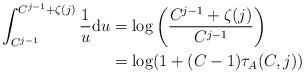
LaTeX: \begin{align*}\begin{aligned}\int_{C^{j-1}}^{C^{j-1}+\zeta(j)} \frac{1}{u}\mathrm{d}u & = \log\left(\frac{C^{j-1}+\zeta(j)}{C^{j-1}}\right) \\& = \log(1 + (C-1)\tau_A(C,j))\end{aligned}\end{align*}